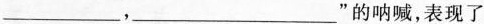
___，___”的呐喊，表现了